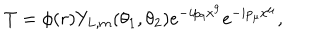
LaTeX: T = \phi ( r ) Y _ { L , m } ( \theta _ { 1 } , \theta _ { 2 } ) e ^ { - i p _ { 9 } x ^ { 9 } } e ^ { - i p _ { \mu } x ^ { \mu } } ,